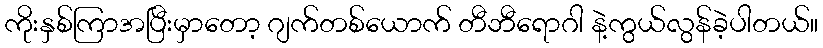
ကိုးနှစ်ကြာအပြီးမှာတော့ ဂျက်တစ်ယောက် တီဘီရောဂါ နဲ့ကွယ်လွန်ခဲ့ပါတယ်။